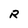
Character: R